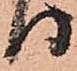
り